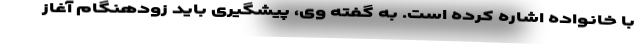
با خانواده اشاره ‌کرده است. به گفته وی، پیشگیری باید زودهنگام آغاز